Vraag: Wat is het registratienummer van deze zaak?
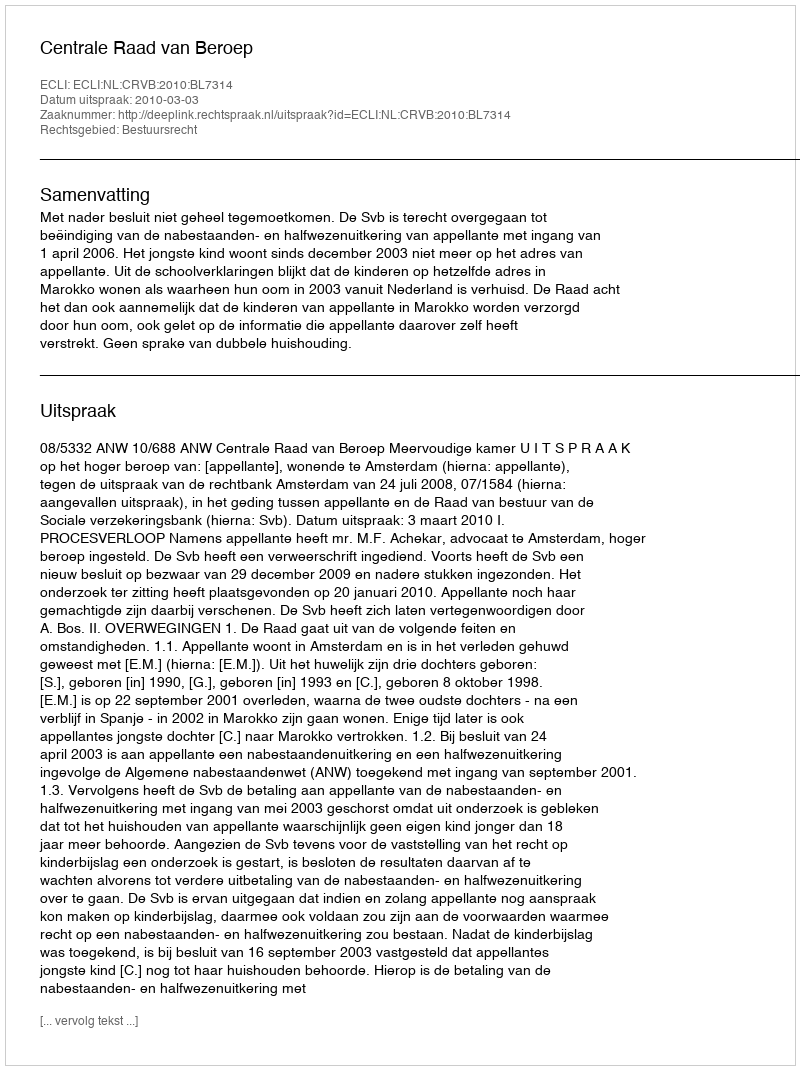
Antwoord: http://deeplink.rechtspraak.nl/uitspraak?id=ECLI:NL:CRVB:2010:BL7314